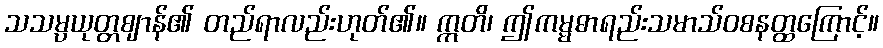
သသမ္ပယုတ္တဈာန်၏ တည်ရာလည်းဟုတ်၏။ ဣတိ၊ ဤကမ္မဓာရည်းသမာသ်ဝစနတ္ထကြောင့်။